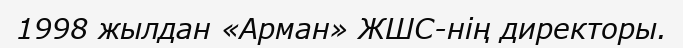
1998 жылдан «Арман» ЖШС-нің директоры.